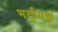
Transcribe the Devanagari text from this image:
भर्त्तृयज्ञ